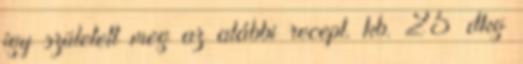
így született meg az alábbi recept. kb. 25 dkg